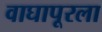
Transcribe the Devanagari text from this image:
वाघापूरला